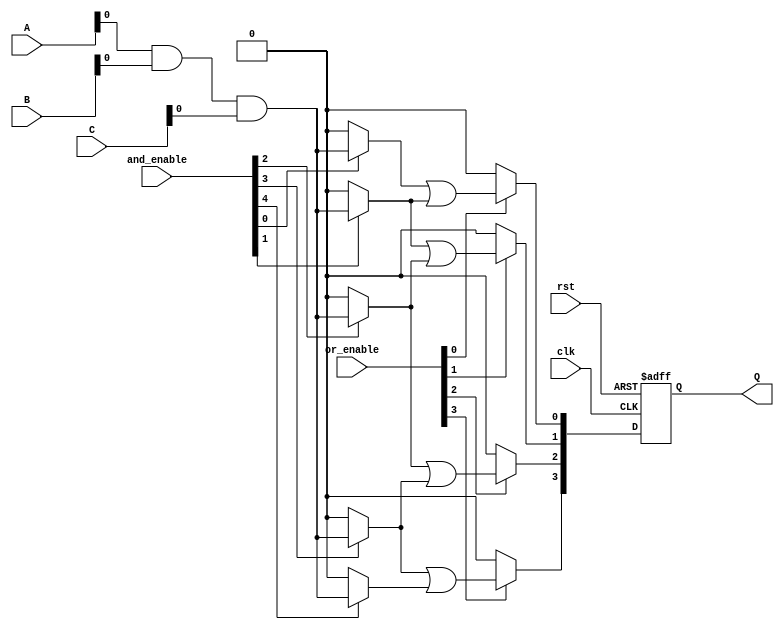
module RPAL #(
    parameter NUM_INPUTS = 4,       // Number of input signals
    parameter NUM_AND_GATES = 8,     // Number of AND gates
    parameter NUM_OR_GATES = 4        // Number of OR gates
)(
    input wire [NUM_INPUTS-1:0] A,   // Input signals
    input wire [NUM_INPUTS-1:0] B,   
    input wire [NUM_INPUTS-1:0] C,   
    input wire clk,                   // Clock signal
    input wire rst,                   // Reset signal
    input wire [NUM_AND_GATES-1:0] and_enable, // Control signals for AND gates
    input wire [NUM_OR_GATES-1:0] or_enable,   // Control signals for OR gates
    output reg [NUM_OR_GATES-1:0] Q   // Registered outputs
);

    // Internal wires for AND gate outputs
    wire [NUM_AND_GATES-1:0] and_out;

    // Programmable AND array
    genvar i;
    generate
        for (i = 0; i < NUM_AND_GATES; i = i + 1) begin : and_array
            assign and_out[i] = (and_enable[i]) ? (A & B & C) : 1'b0; // Example logic
        end
    endgenerate

    // Internal wires for OR gate outputs
    wire [NUM_OR_GATES-1:0] or_out;

    // Programmable OR array
    generate
        for (i = 0; i < NUM_OR_GATES; i = i + 1) begin : or_array
            assign or_out[i] = (or_enable[i]) ? (and_out[i] | and_out[i+1]) : 1'b0; // Example logic
        end
    endgenerate

    // Registered outputs with clocking
    always @(posedge clk or posedge rst) begin
        if (rst) begin
            Q <= 0; // Reset the outputs
        end else begin
            Q <= or_out; // Capture OR outputs
        end
    end

endmodule